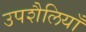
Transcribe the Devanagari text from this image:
उपशैलियाँ